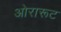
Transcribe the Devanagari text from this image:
ओरारूट